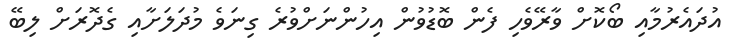
އުދައެރުމާއި ބޯކޮށް ވާރޭވެހި ފެން ބޮޑުވުން އިހުންނަށްވުރެ ގިނަވެ މުދަލަށާއި ގެދޮރަށް ލިބޭ